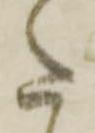
た